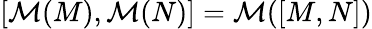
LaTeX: [{\cal M}(M),{\cal M}(N)]={\cal M}([M,N])